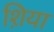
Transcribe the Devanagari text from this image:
श़िया